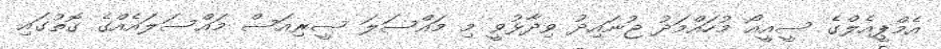
އެމްޕީއެލްގެ ސީއީއޯ މުހައްމަދު ޖުނައިދު ވިދާޅުވީ މި މައްސަލަ ސީރިއަސް މައްސަލައެއްގެ ގޮތުގައި